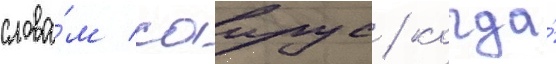
слова́м саирус / когда́